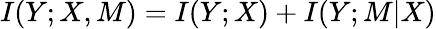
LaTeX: I(Y;X,M)=I(Y;X)+I(Y;M\vert X)